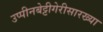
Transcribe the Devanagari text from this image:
उप्पीनबेट्टीगेरीसारख्या